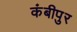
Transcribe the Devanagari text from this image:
कंबीपुर